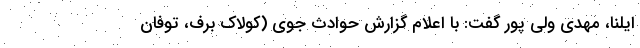
ایلنا، مهدی ولی پور گفت: با اعلام گزارش حوادث جوی (کولاک برف، توفان